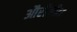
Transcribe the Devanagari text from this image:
औरीजीन